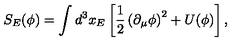
S _ { E } ( \phi ) = \int d ^ { 3 } x _ { E } \left[ \frac { 1 } { 2 } \left( \partial _ { \mu } \phi \right) ^ { 2 } + U ( \phi ) \right] ,